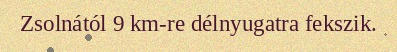
Zsolnától 9 km-re délnyugatra fekszik.